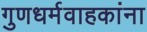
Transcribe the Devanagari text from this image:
गुणधर्मवाहकांना